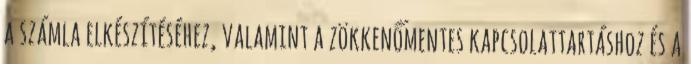
a számla elkészítéséhez, valamint a zökkenőmentes kapcsolattartáshoz és a